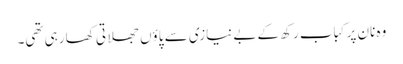
وہ نان پر کباب رکھ کے بے نیازی سے پاؤں جھلاتی کھا رہی تھی۔